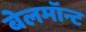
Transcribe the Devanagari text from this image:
बेलमॉन्ट